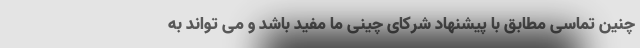
چنین تماسی مطابق با پیشنهاد شرکای چینی ما مفید باشد و می تواند به